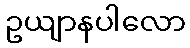
ဥယျာနပါလော